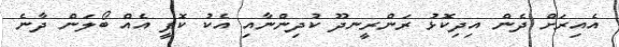
އެއިރަށް ދެން އިދިކޮޅު ރަންރީނދޫ ކުދިންނާއި އެކު ކޮފީ އެއް ބޯލަން ދާނެ